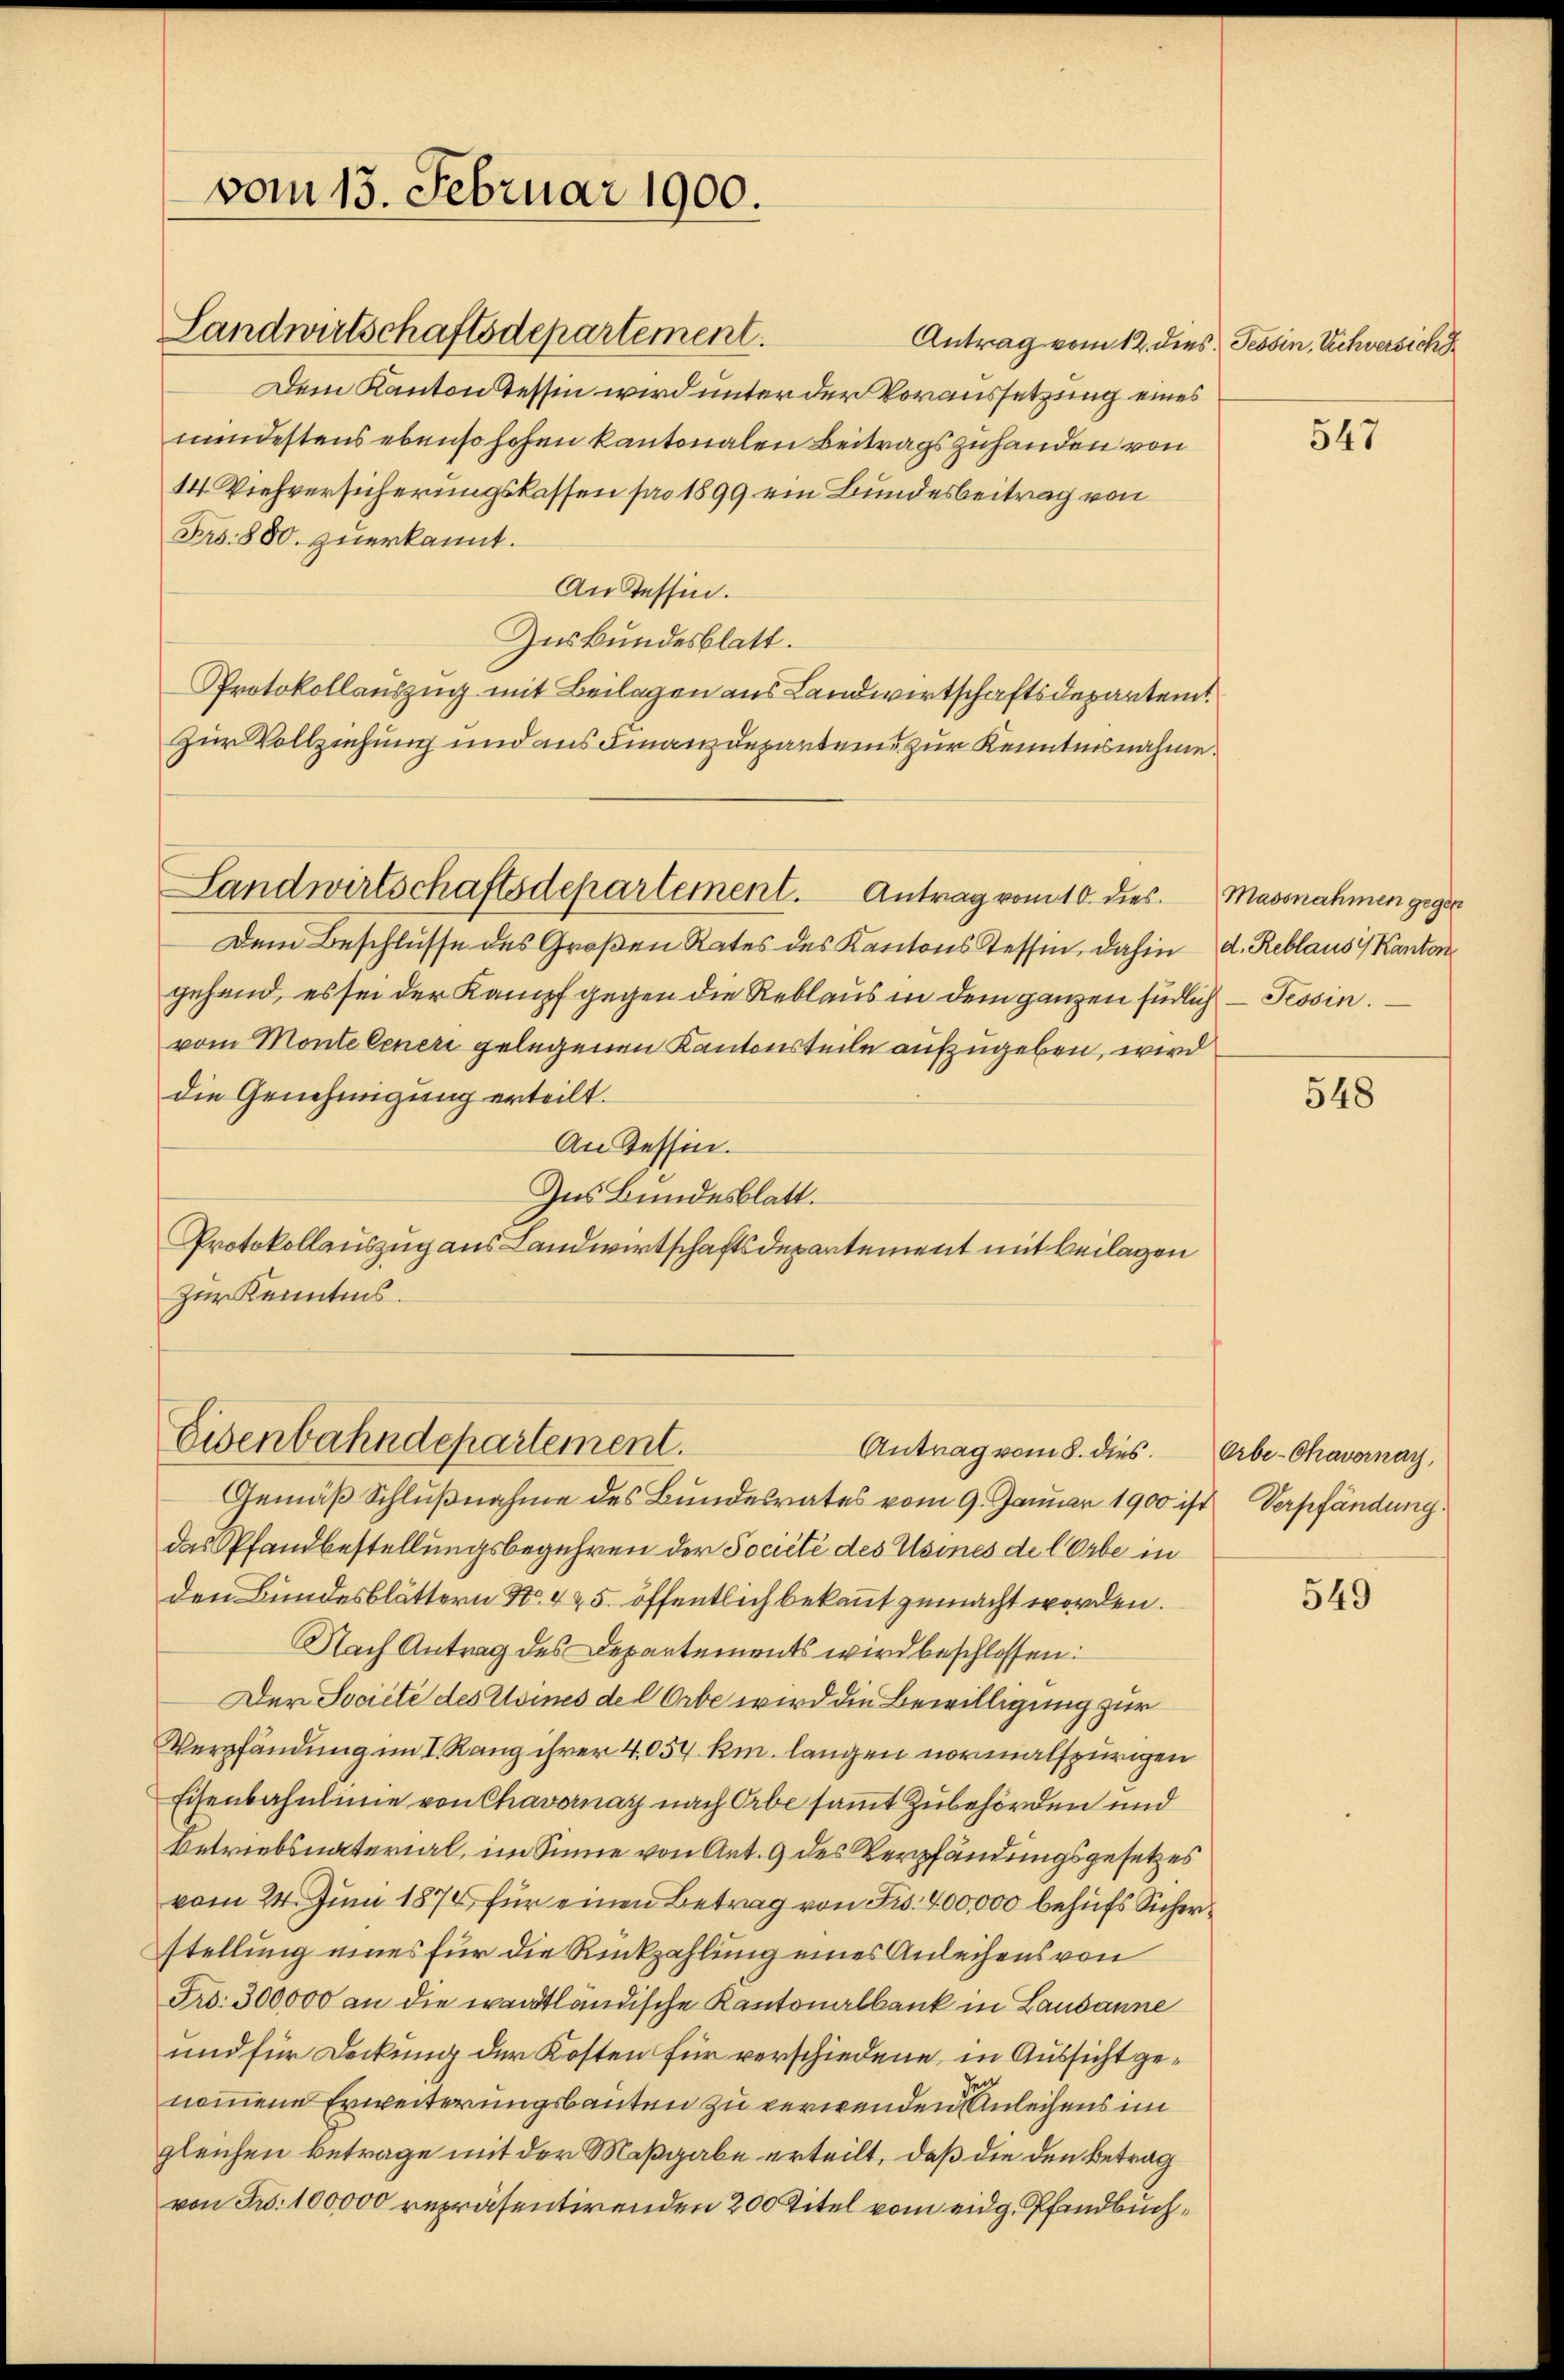
vom 13. Februar 1900.

Eisenbahndepartement.

Landwirtschaftsdepartement
Dem Kanton Tessin wird unter der Voraussetzung eines
mindestens ebenso hohen kantonalen Beitrags zuhanden von
14. Viehversicherungskassen pro 1899 ein Bundesbeitrag von
Frs. 880. zuerkannt.
An Tessin.
Zuskundesblatt.
Protokollauszug mit Beilagen aus Landwirtschaftsdepartem
Zur Vollziehung und aus Finanzdeparteme zur Kenntnisnahme.
Landwirtschaftsdepartement. Antrag vom 10. dies Massnahmen gegen
Dem Beschlusse des Großen Rates des Kantons Tessin, dahin d. Reblaus Kanton
gehend, es sei der Kampf gegen die Reblaus in dem ganzen südlich — Tessin.
vom Montelener gelegenen Kantonsteile aufzugeben, wird
die Genehmigung erteilt.
An Tessin.
Ins Bundesblatt.
Protokollauszug aus Landwirtschaftsdepartement mit Beilagen
Zur Kenntnis.

Antrag vom 8. dies. Orbe-Chavernay,

Antrag vom 12. dies Tessin, Schwersich

Gemäß Schlußnahme des Bundesrates vom 9. Januar 1900 ist Verpfändung
das Pfandbestellungsbegehren der Société des Usines de lOrbe in
den Bundesblättern No. 4 & 5. öffentlich bekannt gemacht worden.
Nach Antrag des Departements wird beschlossen:
Der Société des Usines de l Orbe wird die Bewilligung zur
Verpfändung im I. Rang ihrer 4,054 km. langen normalspurigen
Eisenbahnlinie von Chavernay nach Erbe sammt Zubehörden und
Betriebsnaterial, im Sinne von Ant. 9 des Verpfändungsgesetzes
vom 24. Juni 1876 für einen Betrag von Frs. 400,000 behufs Sicher
stellung eines für die Rückzahlung eines Anleihens von
Fro. 300000 an die waadtländische Kantonalbank in Lausanne
und für Deckung der Kosten für verschiedene, in Aussicht genommene Erweiterungsbauten zu verwenden Anleihens im
gleichen Betrage mit der Maßgabe erteilt, daß die den Betrag
von Fr. 100000 repräsentirenden 200 Titel vom eidg. Pfandbuch¬

547

548

549